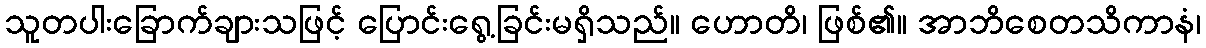
သူတပါးခြောက်ချားသဖြင့် ပြောင်းရွေ့ခြင်းမရှိသည်။ ဟောတိ၊ ဖြစ်၏။ အာဘိစေတသိကာနံ၊